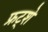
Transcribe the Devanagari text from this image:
फ्रट्शे